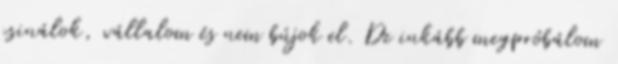
csinálok, vállalom és nem bújok el. De inkább megpróbálom